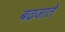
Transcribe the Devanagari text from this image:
बढजाते